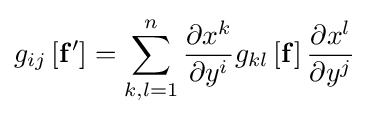
g_{ij}\left[\mathbf {f} '\right]=\sum _{k,l=1}^{n}{\frac {\partial x^{k}}{\partial y^{i}}}g_{kl}\left[\mathbf {f} \right]{\frac {\partial x^{l}}{\partial y^{j}}}